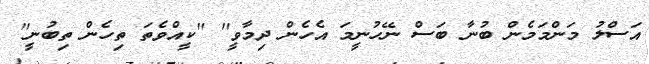
އަސްލު މަންމަމެން ބުނާ ބަސް ނޭހުނީމަ އެހެން ދިމާވީ'' ''ކީއްވެތަ ތިހެން ތިބުނީ''